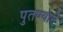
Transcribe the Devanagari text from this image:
पुतण्याने